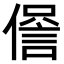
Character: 𧧹